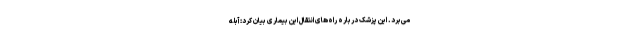
می‌برد. این پزشک درباره راه‌های انتقال این بیماری بیان کرد: آبله